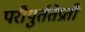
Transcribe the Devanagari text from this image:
परीपुर्ततेप्रती